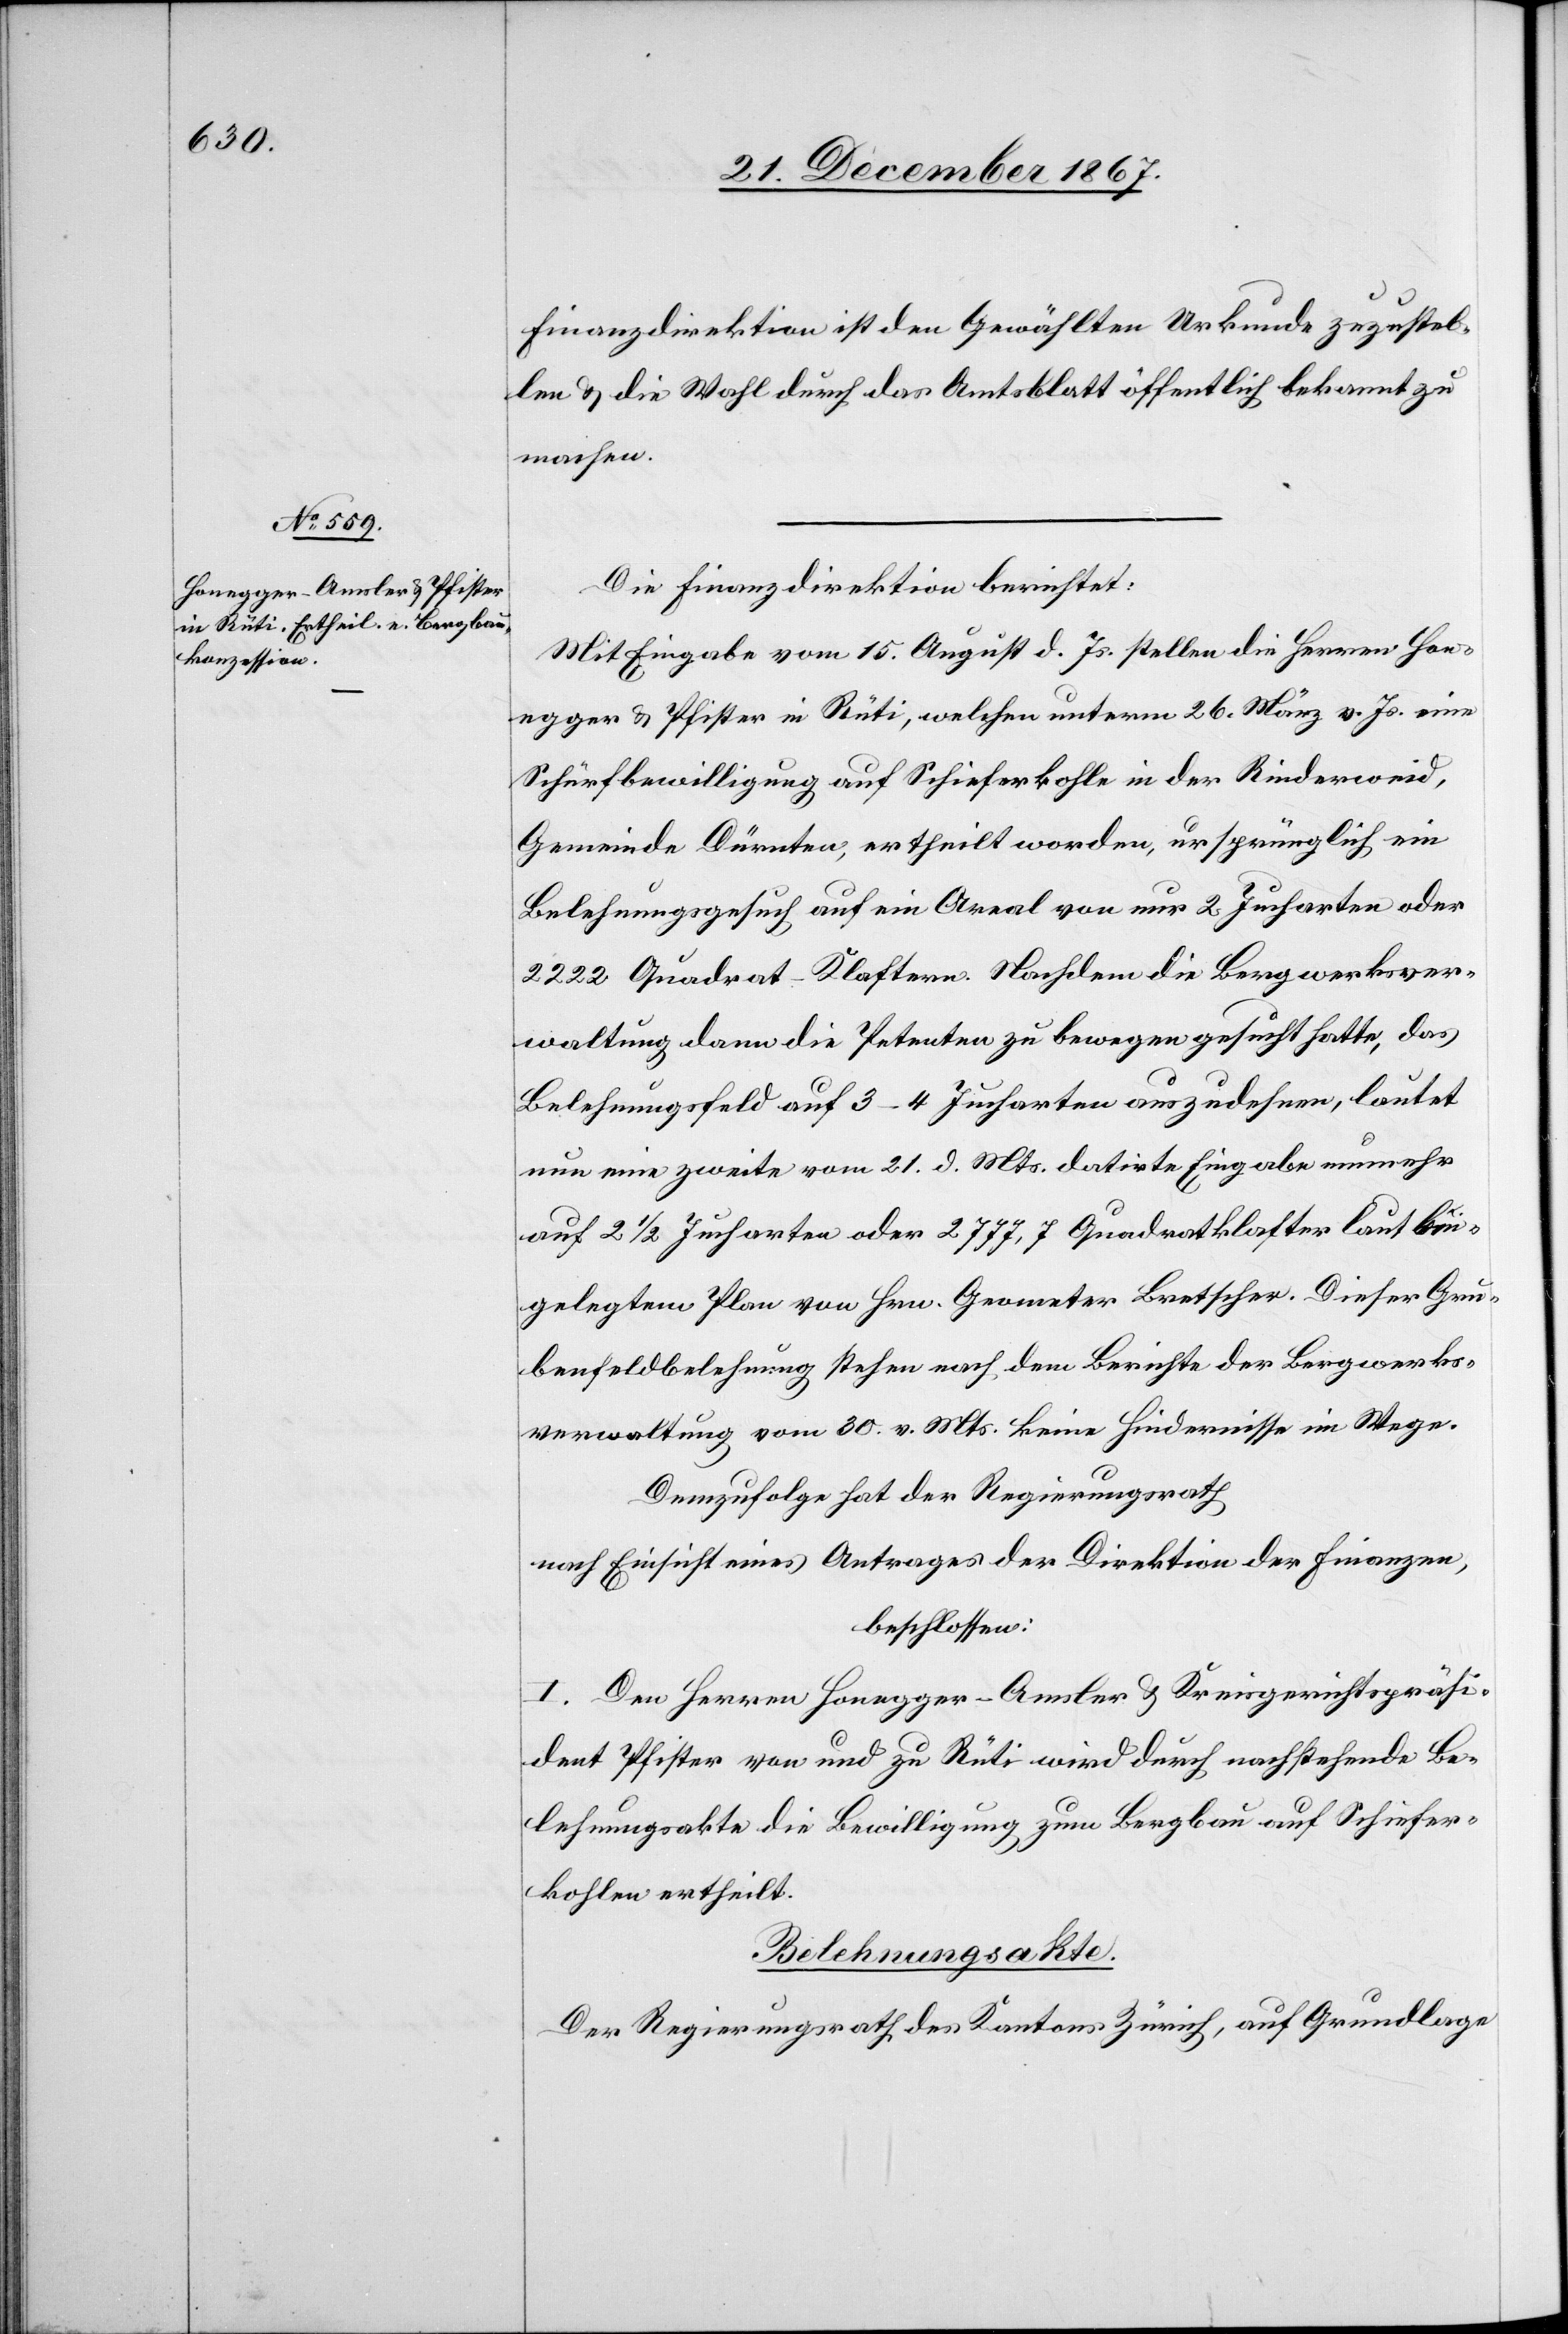
Finanzdirektion ist den Gewählten Urkunde zuzustel¬
len u. die Wahl durch das Amtsblatt öffentlich bekannt zu
machen.
Die Finanzdirektion berichtet:
Mit Eingabe vom 15. August d. Js. stellen die Herren Hon¬
egger u. Pfister in Rüti, welchen unterm 26. März v. Js eine
Schürfbewilligung auf Schieferkohle in der Rinderweid,
Gemeinde Dürnten, ertheilt worden, ursprünglich ein
Belehnungsgesuch auf ein Areal von nur 2 Jucharten oder
2222 Quadrat-Klafter. Nachdem die Bergwerksver¬
waltung dann die Petenten zu bewegen gesucht hatte, das
Belehnungsgesuch auf 3–4 Jucharten auszudehnen, lautet
nun eine zweite vom 21. d. Mts. datirte Eingabe nunmehr
auf 2½ Jucharten oder 2777,7 Quadratklafter laut bei¬
gelegtem Plan von Hrn. Geometer Bretscher. Dieser Gru¬
benfeldbelehnung stehen nach dem Berichte der Bergwerks¬
verwaltung vom 30. v. Mts. keine Hindernisse im Wege.
Demzufolge hat der Regierungsrath
nach Einsicht eines Antrages der Direktion der Finanzen,
beschlossen:
I. Den Herren Honegger-Amsler u. Kreisgerichtspräsi¬
dent Pfister von und zu Rüti wird durch nachstehende Be¬
lehnungsakte die Bewilligung zum Bergbau auf Schiefer¬
kohlen ertheilt.
Belehnungsakte.
Der Regierungsrath des Kantons Zürich, auf Grundlage